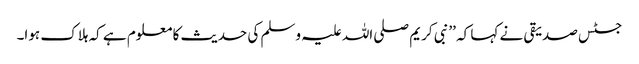
جسٹس صدیقی نے کہا کہ ’’نبی کریم صلی اللہ علیہ وسلم کی حدیث کا معلوم ہے کہ ہلاک ہوا۔